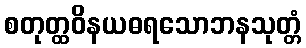
စတုတ္ထဝိနယဓရသောဘနသုတ္တံ